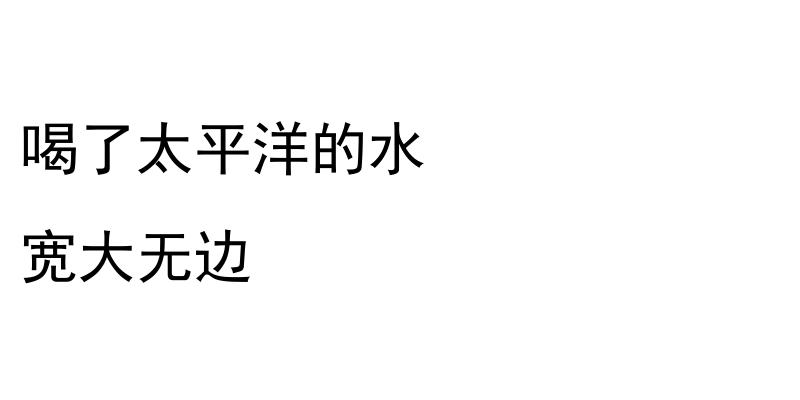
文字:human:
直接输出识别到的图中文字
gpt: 喝了太平洋的水 宽大无边